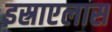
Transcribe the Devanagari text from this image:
इस्राएलास